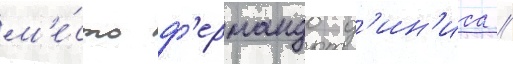
м'е́сто ф'ернандо д'ин'иса //